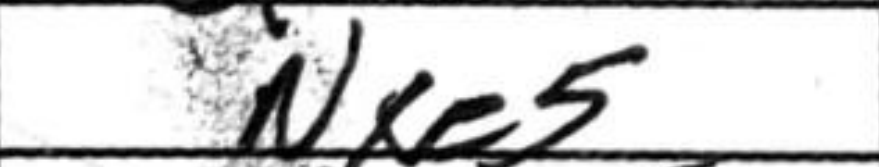
Transcription: Nxe5